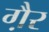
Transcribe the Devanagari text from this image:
गै़र